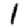
Digit: 1